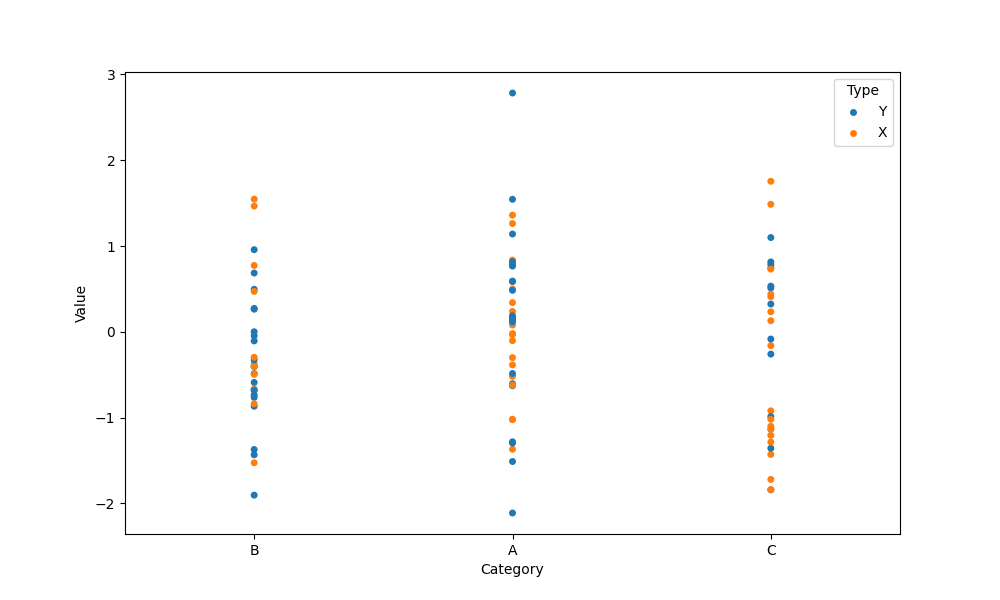
python, seaborn, stripplot, jitter=False, dodge=False, alpha=1.0, size=5